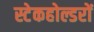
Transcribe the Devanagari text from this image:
स्टेकहोल्डरों